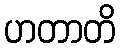
ဟတာတိ